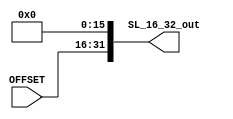
module shift_left_16to32(
    input wire [15:0] OFFSET,

    output wire [31:0] SL_16_32_out
);
    wire [31:0] A1;
    assign A1 = {{16{1'b0}}, OFFSET};

    assign SL_16_32_out = A1 << 16; 

endmodule